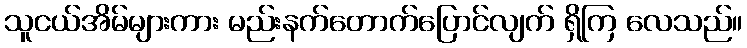
သူငယ်အိမ်များကား မည်းနက်တောက်ပြောင်လျက် ရှိကြ လေသည်။